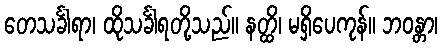
တေသင်္ခါရာ၊ ထိုသင်္ခါရတို့သည်။ နတ္ထိ၊ မရှိပေကုန်။ ဘဝန္တာ၊